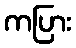
ကပြား